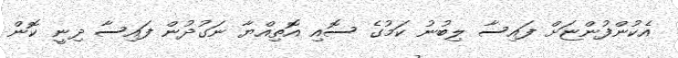
އެކުންފުންޏަށް ފައިސާ ލިބުނު ކަމުގެ ސޮއި އޮތިއްޔާ ނަގުދުން ފައިސާ ދިނީ ކޮން